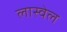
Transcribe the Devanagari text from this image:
लास्वेल